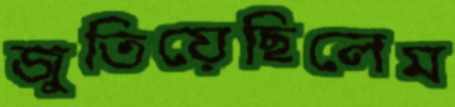
জুতিয়েছিলেম